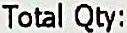
TOTAL QTY: